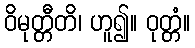
ဝိမုတ္တီတိ၊ ဟူ၍။ ဝုတ္တံ။